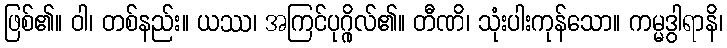
ဖြစ်၏။ ဝါ၊ တစ်နည်း။ ယဿ၊ အကြင်ပုဂ္ဂိုလ်၏။ တီဏိ၊ သုံးပါးကုန်သော။ ကမ္မဒွါရာနိ၊